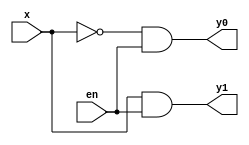
// -----------------------------------------------------------
//	Module:		1:2 Decoder
//	Contact:	gabriel23@up.edu
// ----------------------------------------------------------

module decoder1_to_2(y1, y0, x, en);

output y1;
output y0;
input  x;
input  en;

wire not_x;

not n1(not_x, x);
and a1(y0, not_x, en);
and a2(y1, x, en);

endmodule